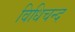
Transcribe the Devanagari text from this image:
विधिचन्द